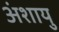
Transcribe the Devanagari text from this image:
अंशायु